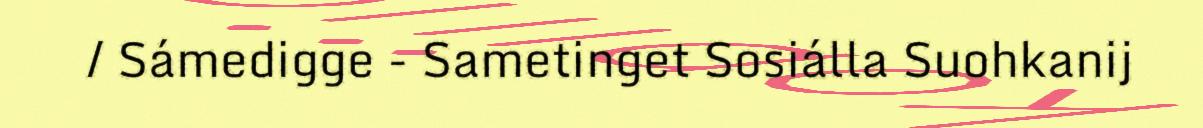
/ Sámedigge - Sametinget Sosiálla Suohkanij